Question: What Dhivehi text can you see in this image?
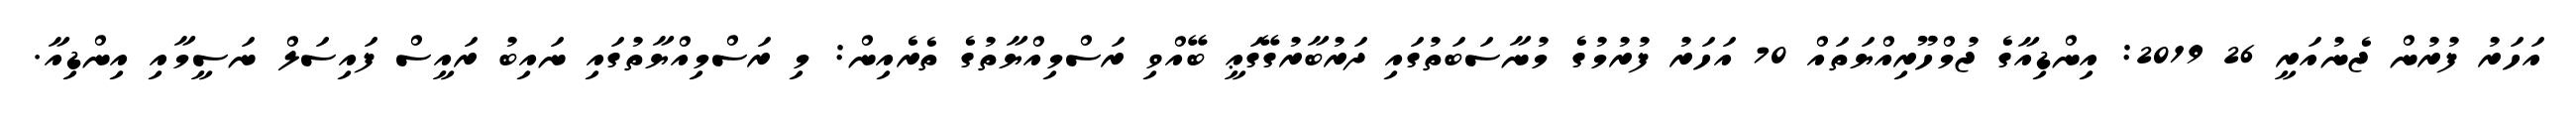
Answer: އަހަރު ފުރުން ޖެނުއަރީ 26 2019: އިންޑިއާގެ ޖުމްހޫރިއްޔަތައް 70 އަހަރު ފުރުމުގެ މުނާސަބަތުގައި ދަރުބާރުގޭގަޢީ ބޭއްވި ރަސްމިއްޔާތުގެ ތެރެއިން: މި ރަސްމިއްޔާތުގައި ނައިބު ރައީސް ފައިސަލް ނަސީމާއި އިންޑިއާ.